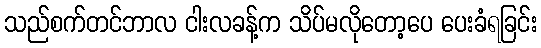
သည်စက်တင်ဘာလ ငါးလခန့်က သိပ်မလိုတော့ပေ ပေးခံရခြင်း